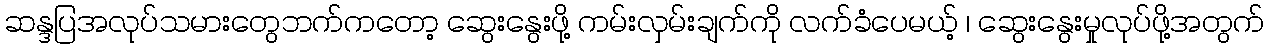
ဆန္ဒပြအလုပ်သမားတွေဘက်ကတော့ ဆွေးနွေးဖို့ ကမ်းလှမ်းချက်ကို လက်ခံပေမယ့် ၊ ဆွေးနွေးမှုလုပ်ဖို့အတွက်